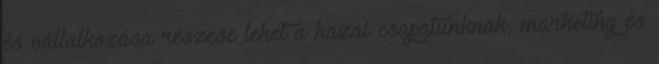
és vállalkozása részese lehet a hazai csapatunknak, marketing és